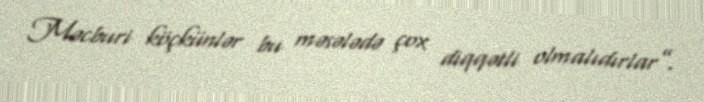
Məcburi köçkünlər bu məsələdə çox diqqətli olmalıdırlar”.